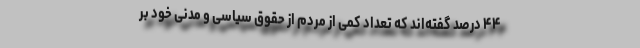
۴۴ درصد گفته‌اند که تعداد کمی از مردم از حقوق سیاسی و مدنی خود بر